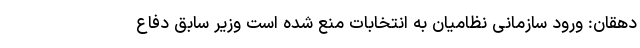
دهقان: ورود سازمانی نظامیان به انتخابات منع شده است وزیر سابق دفاع